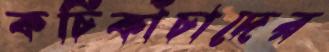
কচিকাঁচাদের